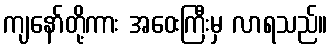
ကျနော်တို့ကား အဝေးကြီးမှ လာရသည်။